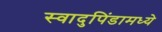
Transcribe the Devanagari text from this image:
स्वादुपिंडामध्ये